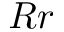
R r